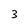
Character: 3